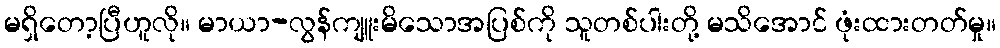
မရှိတော့ပြီဟူလို။ မာယာ-လွန်ကျူးမိသောအပြစ်ကို သူတစ်ပါးတို့ မသိအောင် ဖုံးထားတတ်မှု။